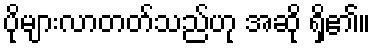
ပိုများလာတတ်သည်ဟု အဆို ရှိ၏။